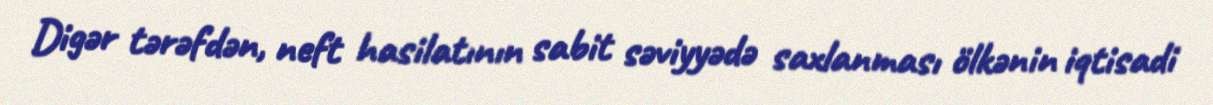
Digər tərəfdən, neft hasilatının sabit səviyyədə saxlanması ölkənin iqtisadi